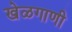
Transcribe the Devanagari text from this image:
खेळगाणी